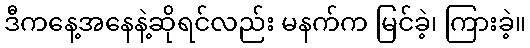
ဒီကနေ့အနေနဲ့ဆိုရင်လည်း မနက်က မြင်ခဲ့၊ ကြားခဲ့။